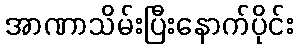
အာဏာသိမ်းပြီးနောက်ပိုင်း